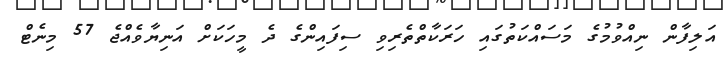
އަލިފާން ނިއްވުމުގެ މަސައްކަތުގައި ހަރަކާތްތެރިވި ސިފައިންގެ ދެ މީހަކަށް އަނިޔާވެއްޖެ 57 މިނެޓް